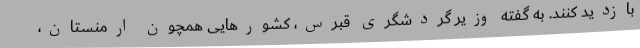
بازدید کنند. به گفته وزیر گردشگری قبرس، کشورهایی همچون ارمنستان،